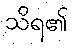
သိရ၏